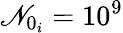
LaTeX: \mathscr{N}_{0_{i}}=10^{9}